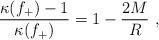
LaTeX: \begin{align*}\frac{\kappa(f_+)-1}{\kappa(f_+)} = 1 - \frac{2M}{R}\ ,\end{align*}